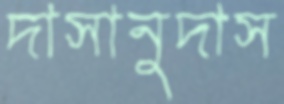
দাসানুদাস